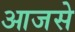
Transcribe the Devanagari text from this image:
आजसे